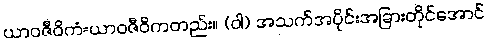
ယာဝဇီဝိကံ=ယာဝဇီဝိကတည်း။ (ဝါ) အသက်အပိုင်းအခြားတိုင်အောင်